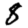
Digit: 8